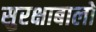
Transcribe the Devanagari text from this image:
सुरक्षाबालों